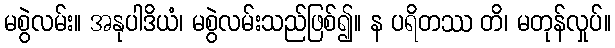
မစွဲလမ်း။ အနုပါဒိယံ၊ မစွဲလမ်းသည်ဖြစ်၍။ န ပရိတဿ တိ၊ မတုန်လှုပ်။